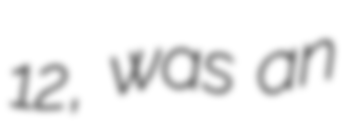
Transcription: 12, was an